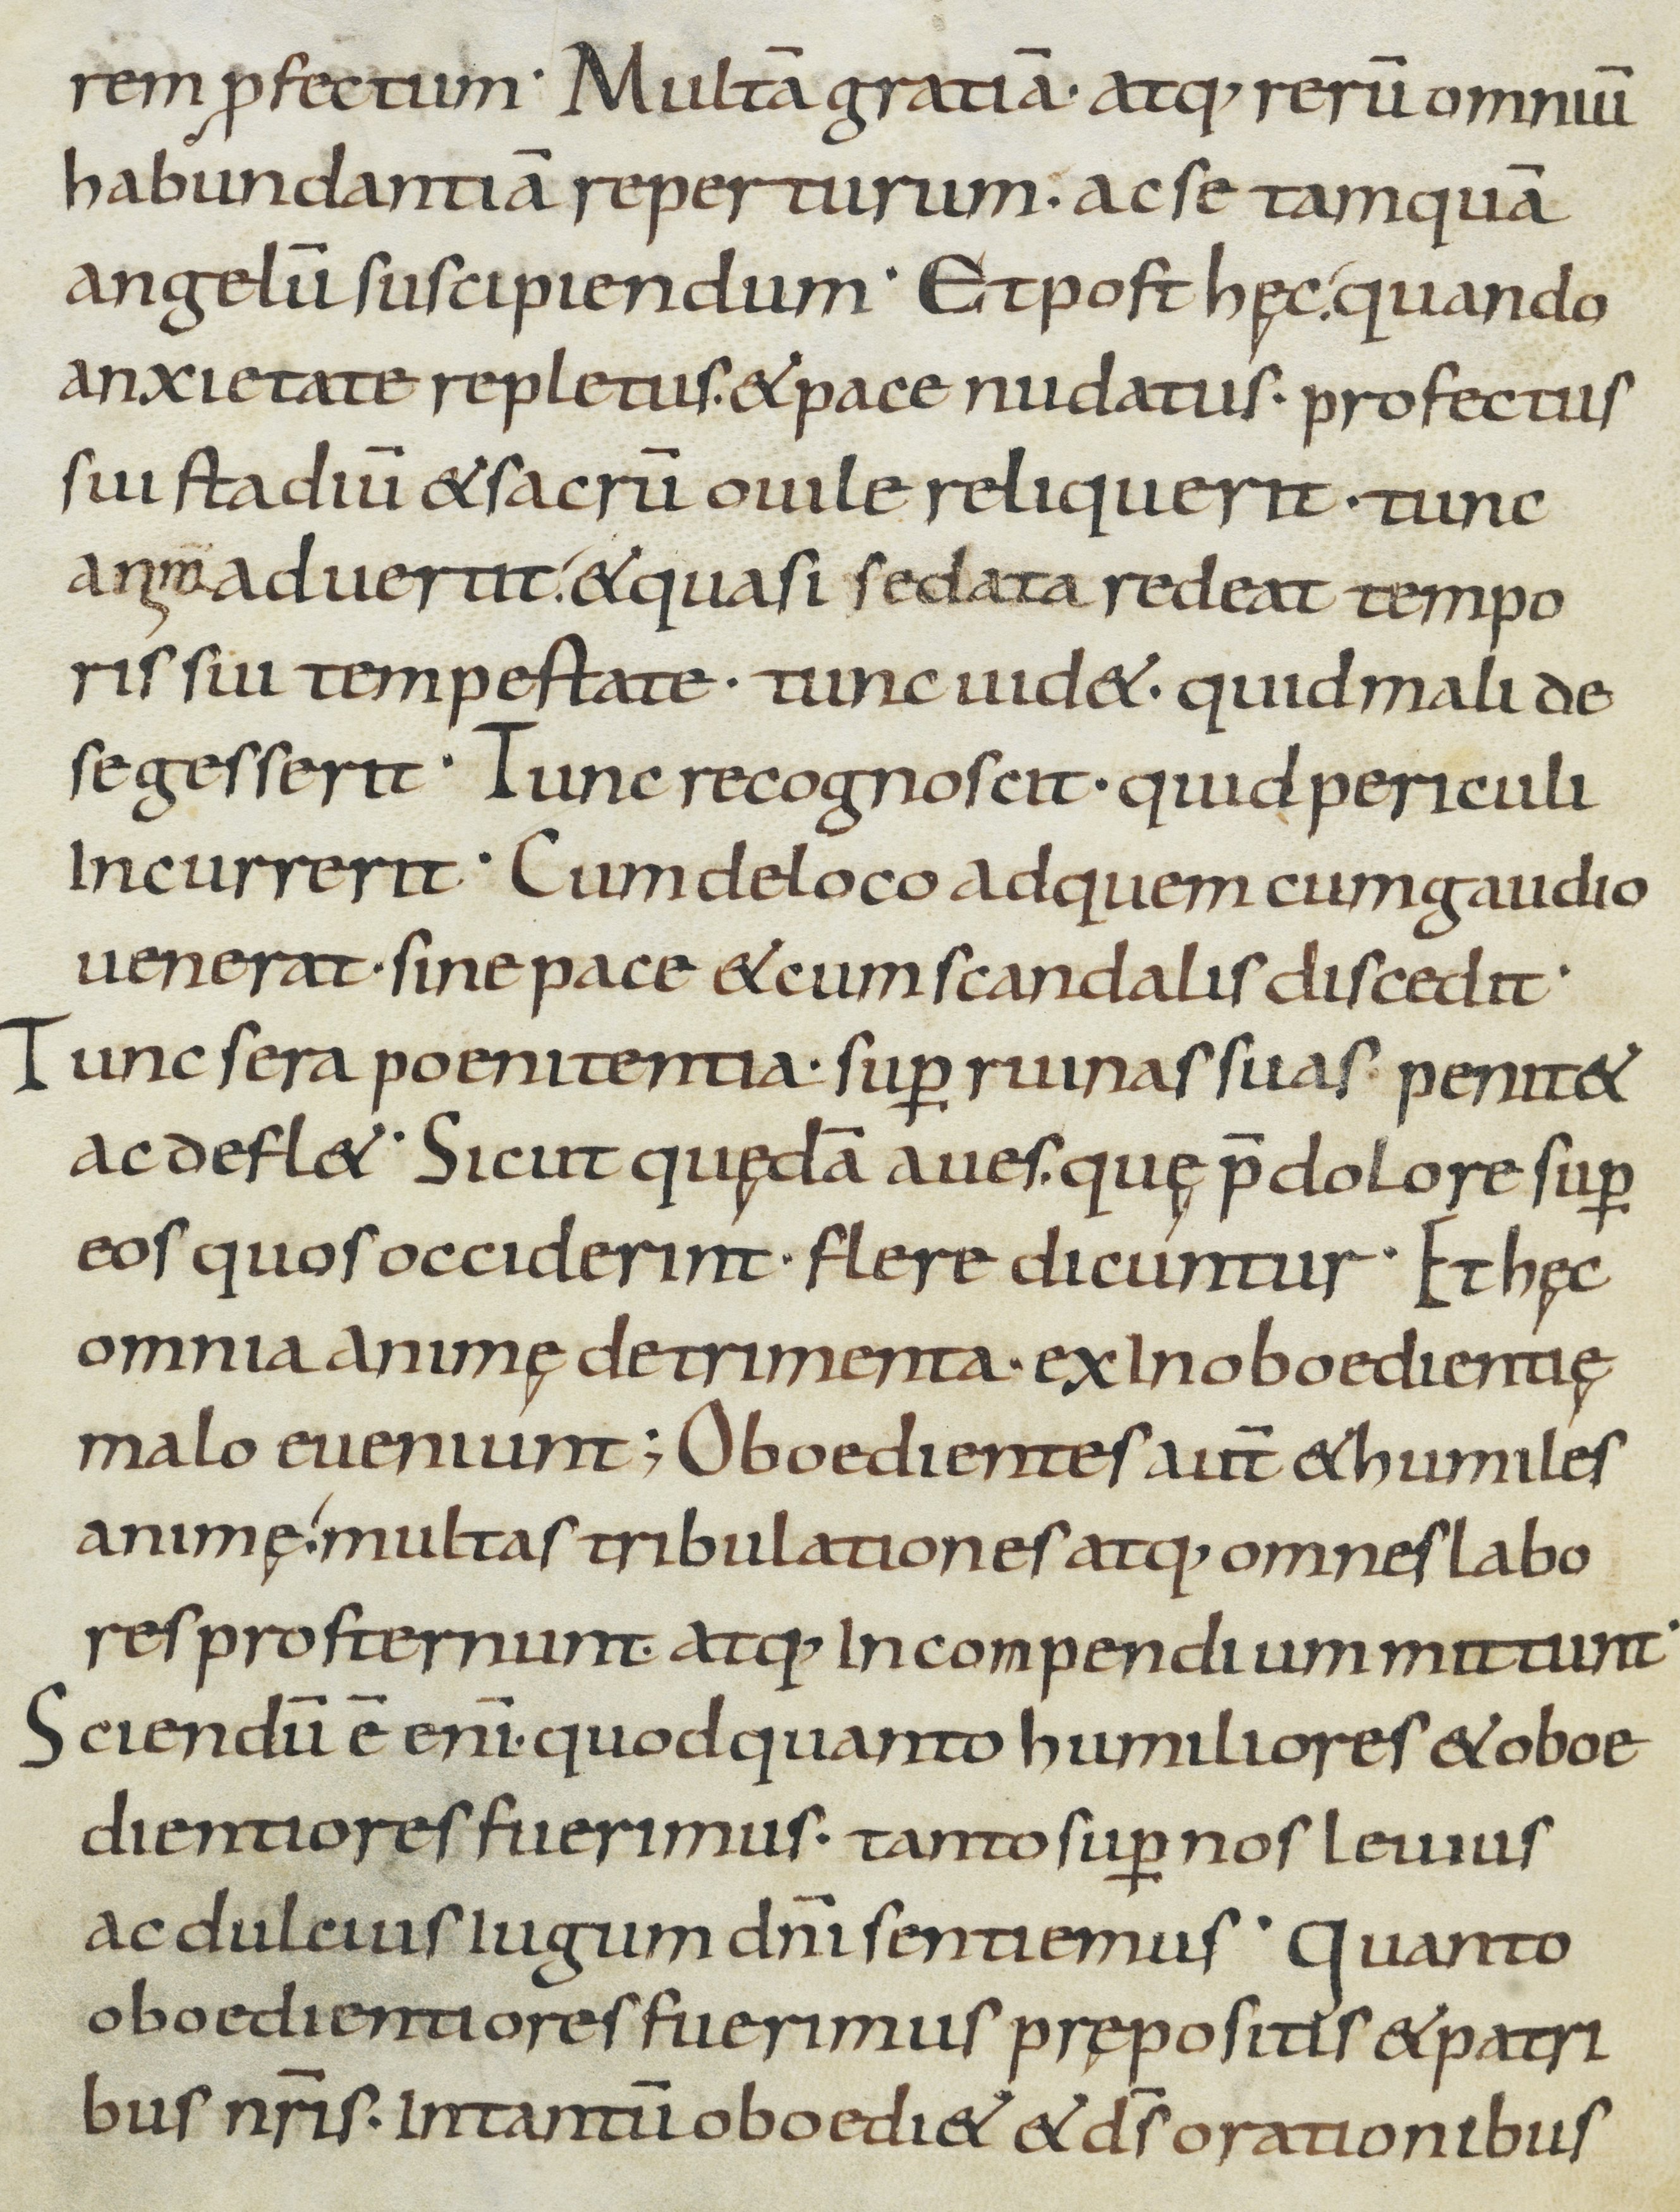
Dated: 800–899